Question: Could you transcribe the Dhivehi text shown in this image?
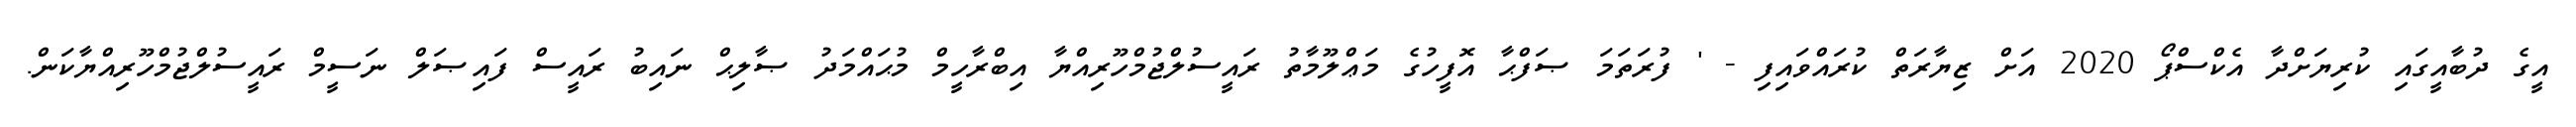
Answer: އީގެ ދުބާއީގައި ކުރިޔަށްދާ އެކްސްޕޯ 2020 އަށް ޒިޔާރަތް ކުރައްވައިފި - ' ފުރަތަމަ ޞަފްޙާ އޮފީހުގެ މަޢްލޫމާތު ރައީސުލްޖުމްހޫރިއްޔާ އިބްރާހީމް މުޙައްމަދު ޞާލިޙް ނައިބު ރައީސް ފައިޞަލް ނަސީމް ރައީސުލްޖުމްހޫރިއްޔާކަން.